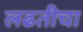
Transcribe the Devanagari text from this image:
लढतीचा